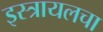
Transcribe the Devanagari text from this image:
इस्त्रायलचा